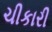
ચીકારી